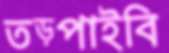
তড়্‌পাইবি